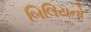
બિલિયનો